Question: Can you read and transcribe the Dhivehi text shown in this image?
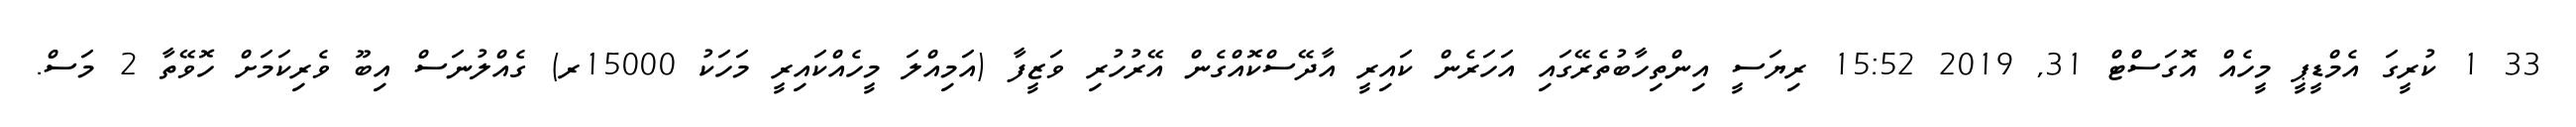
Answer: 33 1 ކުރީގަ އެމްޑީޕީ މީހެއް އޮގަސްޓް 31, 2019 15:52 ރިޔަސީ އިންތިހާބުތެރޭގައި އަހަރެން ކައިރީ އާދޭސްކޮއްގެން އޭރުހުރި ވަޒީފާ (އަމިއްލަ މީހެއްކައިރީ މަހަކު 15000ރ) ގެއްލުނަސް އިބޫ ވެރިކަމަށް ހޮވޭތާ 2 މަސް.